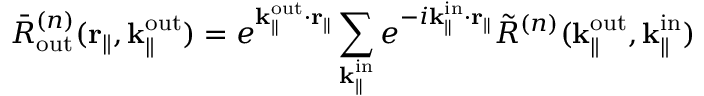
\bar { R } _ { \mathrm { o u t } } ^ { ( n ) } ( \mathbf { r } _ { \parallel } , \mathbf { k } _ { \parallel } ^ { \mathrm { o u t } } ) = e ^ { \mathbf { k } _ { \parallel } ^ { \mathrm { o u t } } \cdot \mathbf { r } _ { \parallel } } \sum _ { \mathbf { k } _ { \parallel } ^ { \mathrm { i n } } } e ^ { - i \mathbf { k } _ { \parallel } ^ { \mathrm { i n } } \cdot \mathbf { r } _ { \parallel } } \Tilde { R } ^ { ( n ) } ( { \mathbf { k } _ { \parallel } ^ { \mathrm { o u t } } } , \mathbf { k } _ { \parallel } ^ { \mathrm { i n } } )